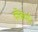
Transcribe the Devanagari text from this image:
कॊकणी